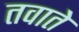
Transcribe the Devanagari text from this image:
तवाते